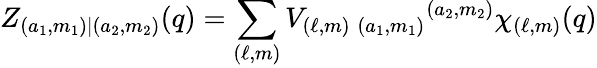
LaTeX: Z_{(a_{1},m_{1})|(a_{2},m_{2})}(q)=\sum_{(\ell,m)}V_{(\ell,m)\; (a_{1},m_{1})}{}^{(a_{2},m_{2})}\chi_{(\ell,m)}(q)